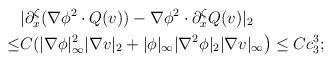
LaTeX: \begin{align*}&|\partial^\zeta_x(\nabla \phi^2 \cdot Q(v))-\nabla \phi^2 \cdot \partial^\zeta_x Q(v)|_2\\\leq &C(|\nabla \phi|^2_\infty |\nabla v |_2+|\phi|_\infty|\nabla^2 \phi|_2 |\nabla v|_\infty\big)\leq Cc^3_3;\end{align*}